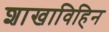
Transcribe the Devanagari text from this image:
शाखाविहिन